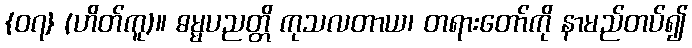
{၀၇} (ဟိတ်ကူ)။ ဓမ္မပညတ္တိ ကုသလတာယ၊ တရားတော်ကို နာမည်တပ်၍